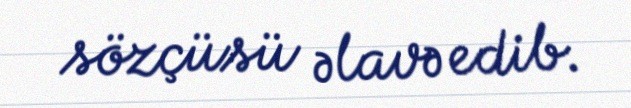
sözçüsü əlavə edib.